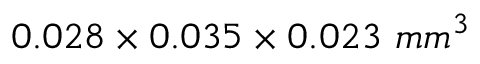
0 . 0 2 8 \times 0 . 0 3 5 \times 0 . 0 2 3 ~ m m ^ { 3 }